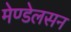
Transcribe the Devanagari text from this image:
मेण्डेलसन